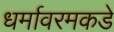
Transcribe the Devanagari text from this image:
धर्मावरमकडे